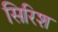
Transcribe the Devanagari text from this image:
सिरिश